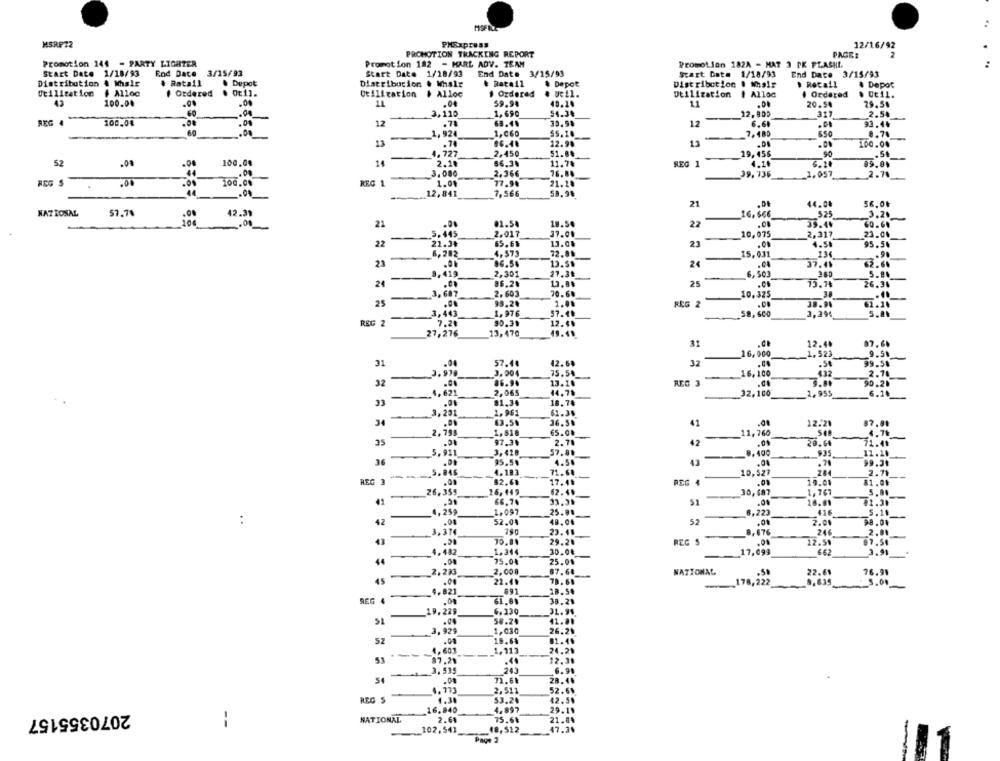
MSRP72
PHExpress
12/16/92
PROMOTION TRACKING REPORT
PAGE:
2
Promotion 144 - PARTY LIGHTER
Promotion 182 - KARL ADV. TEAM
Promotion 182A - HAT 3 PK FLASHI.
Start Date 1/18/93
End Date 3/15/93
Start Date 1/18/93
End Date 3/15/93
Start Date 1/18/93
End Date 3/15/93
Distribution & Whisle
& Ratail
Depot
Distribution
& Whale
Depot
Distribution . Whale
. Recall
. Depot
Ot 11.
weil.
Utilization
# Alloc
Ordered
Utilization
# Alloc
. Ordered
Dtilization
I Alloc
Ordered
. Otil.
43
100.00
1L
.04
59.94
40.14
11
20.54
29.54
60
2,110
1,690
54.3.
12, 805
2.54
REG 4
100.04
.00
12
.71
63.4.
30.9%
12
-
6.6
93.44
60
=_ 1,924
1,060
55. 10
7.480
8.74
13
.74
86.4.
12.90
13
100.04
4,727
2.450
51.88
19,456
90
-
-
52
100,0%
14
2.18
66.3₺
11.7%
REG 1
4.1+
6.10
.00
3.080
2,366
76.8.
39, 135
__ 1.057
2.74
REG $
.00
100.09
REG 1
1.04
77.98
21.20
_12, 841
7,566
58.94
21
44.00
56.00
WAT ROSAL
57.78
.00
42.31
16,666
.525
3.20
104
-
.0
21
02.54
18.54
22
35.44
60.64
-
5.445
2.017
37.01
-
10,075
2,317
23.04
22
21.3₺
65.6
1.3.08
21
.00
4.50
95.50
6,282
4.575
72.00
-
15,031
.9.
23
13.51
2
.04
37.41
62.60
9,419
2,301
27.31
6, 503
380
--
25
-
24
86.20
73.74
26.36
3, 687
2.603
70.6.
-
10.325
25
...
98.20
1.00
REG 2
.00
39.91
3,443
1.976
57.48
59,600
--
3,39
REG 2
7.20
90.39
12.4.
27,276
13,470
49.49
31
87.60
12.40
TE
-
16,000
1,523
9.51
.04
57.48
12.68
32
.04
99.50
3.970
75.5%
16,100
432
2.70
-
32
86.90
13.14
REG 3
3.00
90.26
4,62
2,065
44.78
32,100
1, 955
6.10
31
81.34
18.74
3, 201
2,961
61.35
34
63.59
41
12.21
87.01
2,79
1,518
65.08
_11,760
4.71
35
97.3₺
2.70
42
20.60
11.41
.0
5.911
3,418
8, 100
935
11.11
95.59
4.50
99.31
4.183
71.64
10,527
2.71
REG 3
82.63
17.41
REG 4
.01
19.00
-
26,355
16, 449
62.4.
30,687
1,767
66.7.
51
.01
02.31
1.097
25.9.
416
4,25
-
6,223
:
42
.08
52.01
52
2.00
98.04
3,374
23. 4.
0,47
246
29.21
REG S
-
12.59
- 4.482
1,344
30.00
17,099
662
3.91
44
.04
75.04
2,008
76.91
2.233
NATIONAL
22.61
45
22.4.
79.
_178,222
5.00
REG 4 4.821
61.81
6.330
19,229
58.24
41.81
- 3, 929
1,030
26.21
52
18.61
01.40
.08
----
_4,603
_1,113
24.29
53
87.29
.40
12.31
243
6.91
54
.00
71.60
28.48
4. 773
2.511
52.61
REG S
-
4.38
53.24
4.897
2070355157
16.940
--
NATIONAL
2.68
75.6%
_102,541
48,512